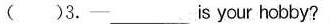
( )3.-___is your hobby?